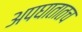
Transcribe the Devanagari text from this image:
अपघातातच